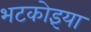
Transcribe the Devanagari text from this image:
भटकोइंया